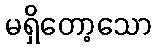
မရှိတော့သော